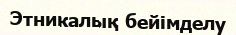
Этникалық бейімделу